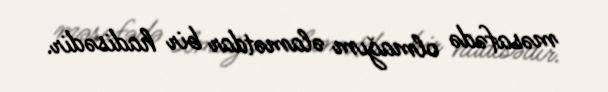
məsafədə olmağım əlamətdar bir hadisədir.